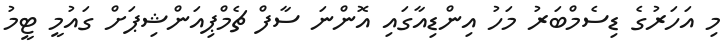
މި އަހަރުގެ ޑިސެމްބަރު މަހު އިންޑިއާގައި އޮންނަ ސާފް ޗެމްޕިއަންޝިޕަށް ގައުމީ ޓީމު